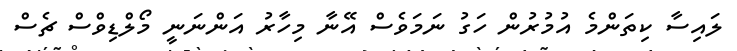
ލައިސާ ކިތަންމެ އުމުރުން ހަގު ނަމަވެސް އޭނާ މިހާރު އަންނަނީ މޯލްޑިވްސް ޗެސް